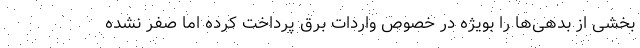
بخشی از بدهی‌ها را بویژه در خصوص واردات برق پرداخت کرده اما صفر نشده